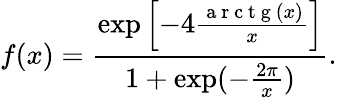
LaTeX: f(x)=\frac{\exp\left[-4\frac{\mathrm{~a~r~c~t~g~}(x)}{x}\right]}{1+\exp(-\frac{2\pi}{x})}.